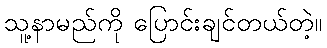
သူ့နာမည်ကို ပြောင်းချင်တယ်တဲ့။